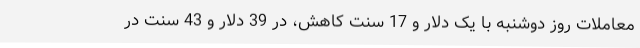
معاملات روز دوشنبه با یک دلار و 17 سنت کاهش، در 39 دلار و 43 سنت در